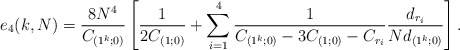
\begin{align*}e_4(k,N) = {8N^4\over C_{(1^k;0)}}\left[{1\over 2 C_{(1;0)}} + \sum_{i=1}^4{1 \over C_{(1^k;0)} - 3 C_{(1;0)} - C_{r_i} } {d_{r_i}\over N d_{(1^k;0)}} \right].\end{align*}